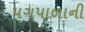
પગપાળાની